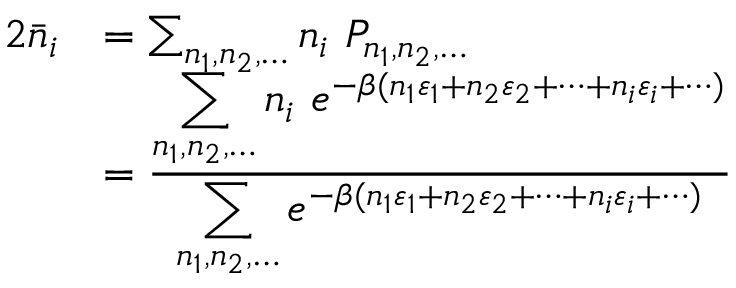
{ \begin{array} { r l } { { 2 } { \bar { n } } _ { i } } & { = \sum _ { n _ { 1 } , n _ { 2 } , \dots } n _ { i } \ P _ { n _ { 1 } , n _ { 2 } , \dots } } \\ & { = { \frac { \displaystyle \sum _ { n _ { 1 } , n _ { 2 } , \dots } n _ { i } \ e ^ { - \beta ( n _ { 1 } \varepsilon _ { 1 } + n _ { 2 } \varepsilon _ { 2 } + \cdots + n _ { i } \varepsilon _ { i } + \cdots ) } } { \displaystyle \sum _ { n _ { 1 } , n _ { 2 } , \dots } e ^ { - \beta ( n _ { 1 } \varepsilon _ { 1 } + n _ { 2 } \varepsilon _ { 2 } + \cdots + n _ { i } \varepsilon _ { i } + \cdots ) } } } } \end{array} }